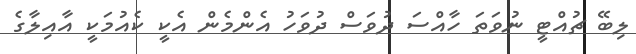
ލިބޭ ޗުއްޓީ ނުވަތަ ހާއްސަ ދުވަސް ދުވަހު އެންމެން އެކީ ކެއުމަކީ އާއިލާގެ